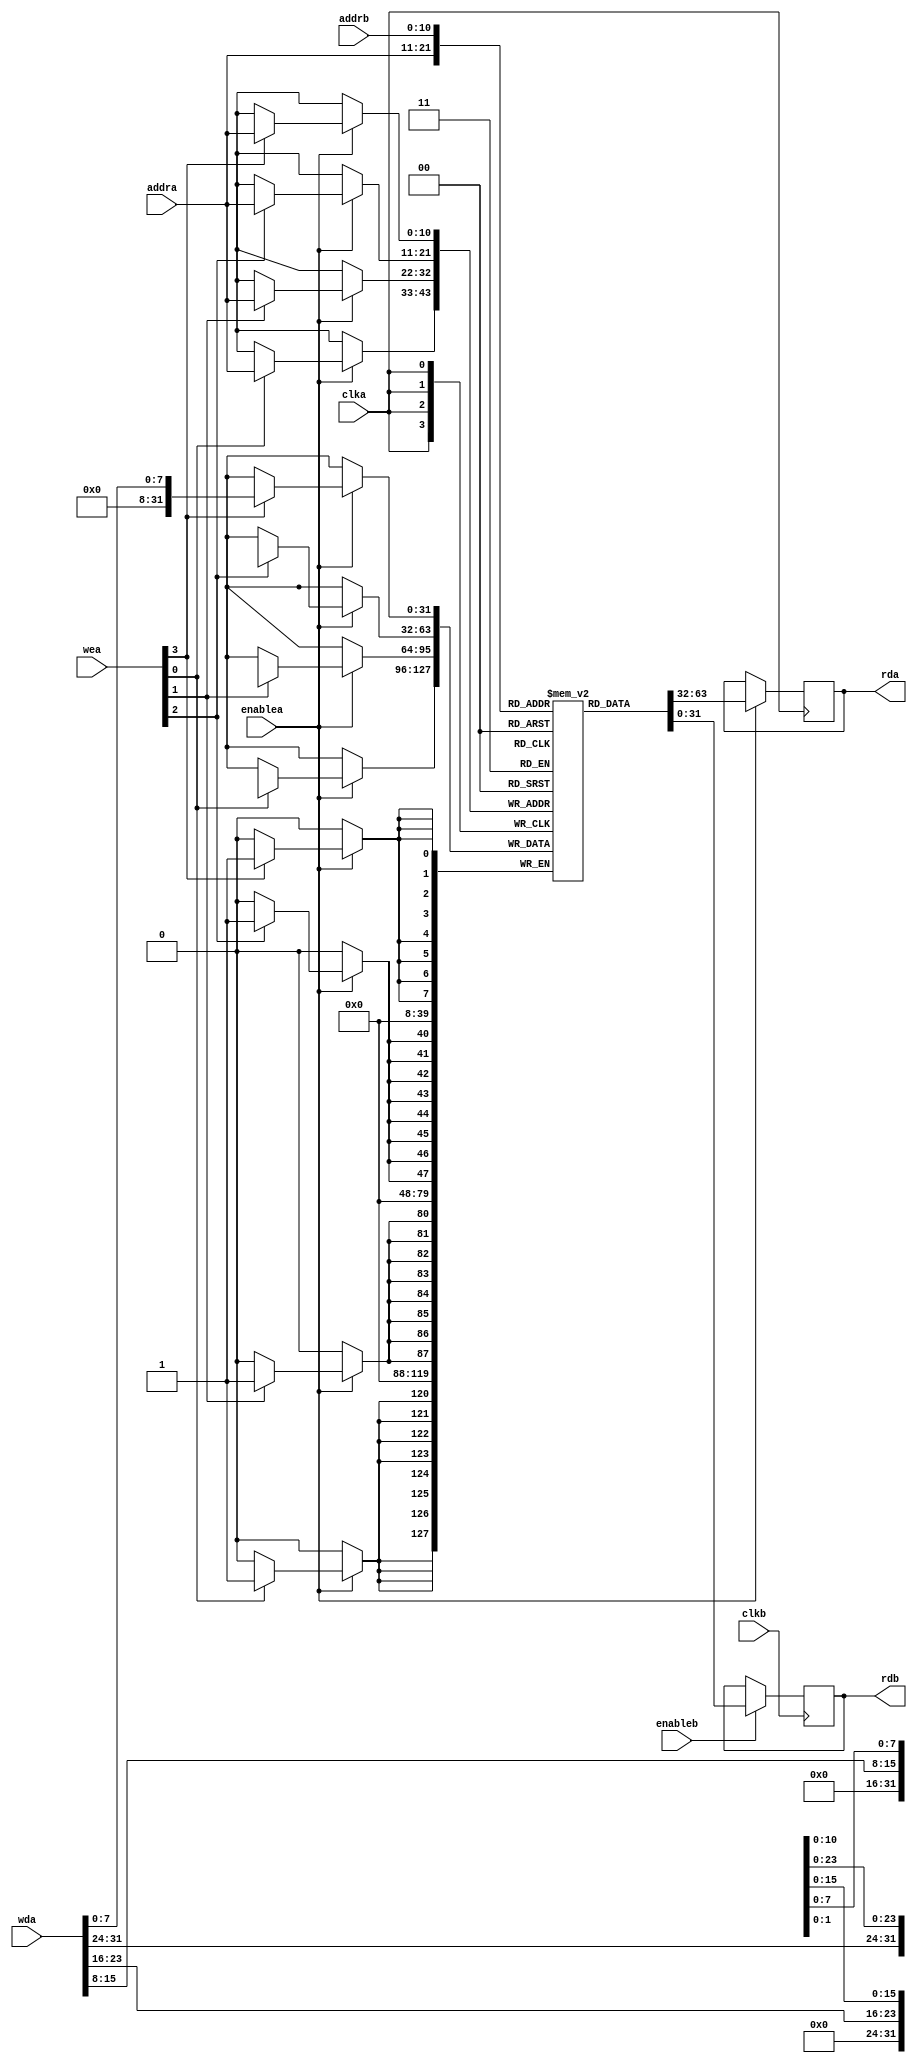
module DualPortVGARam (
    input clka,
    input enablea,
    input [3:0] wea,
    input [10:0] addra,
    input [31:0] wda,
    output reg [31:0] rda,
    input clkb,
    input enableb,
    input[10:0] addrb,
    output reg [31:0] rdb
);

    reg [31:0] memory [0:2047] /*verilator public*/;

`ifdef SINGLE_CYCLE_CPU
    rda = enablea? memory[addra] : 32'hz;
`endif

    always @ (posedge clka)
    begin
        if (enablea) begin
            if (wea[3]) memory[addra][7:0] <= wda[7:0];
            if (wea[2]) memory[addra][15:8] <= wda[15:8];
            if (wea[1]) memory[addra][23:16] <= wda[23:16];
            if (wea[0]) memory[addra][31:24] <= wda[31:24];

            `ifndef SINGLE_CYCLE_CPU
                rda <= memory[addra];
            `endif
        end
    end

    always @ (posedge clkb)
    begin
        if (enableb)
            rdb <= memory[addrb];
    end
    
    initial begin
`ifdef VGA_RAM_INIT
        $readmemh("vga_ram.mif", memory, 0, 2047);
`endif
    end
endmodule